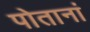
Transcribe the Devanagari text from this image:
पोतानां